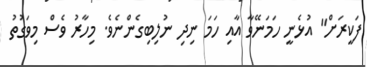
ފަކީރަށް" އުޅެނީ ހަމަނޭވާ އާއި ހަމަ ނިދި ނުލިބިގެންނެވެ. މިހާރު ވެސް މިވަގުތު